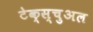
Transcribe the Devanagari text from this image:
टेक्स्चुअल